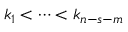
k _ { 1 } < \dots < k _ { n - s - m }